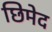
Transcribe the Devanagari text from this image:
छिमेद